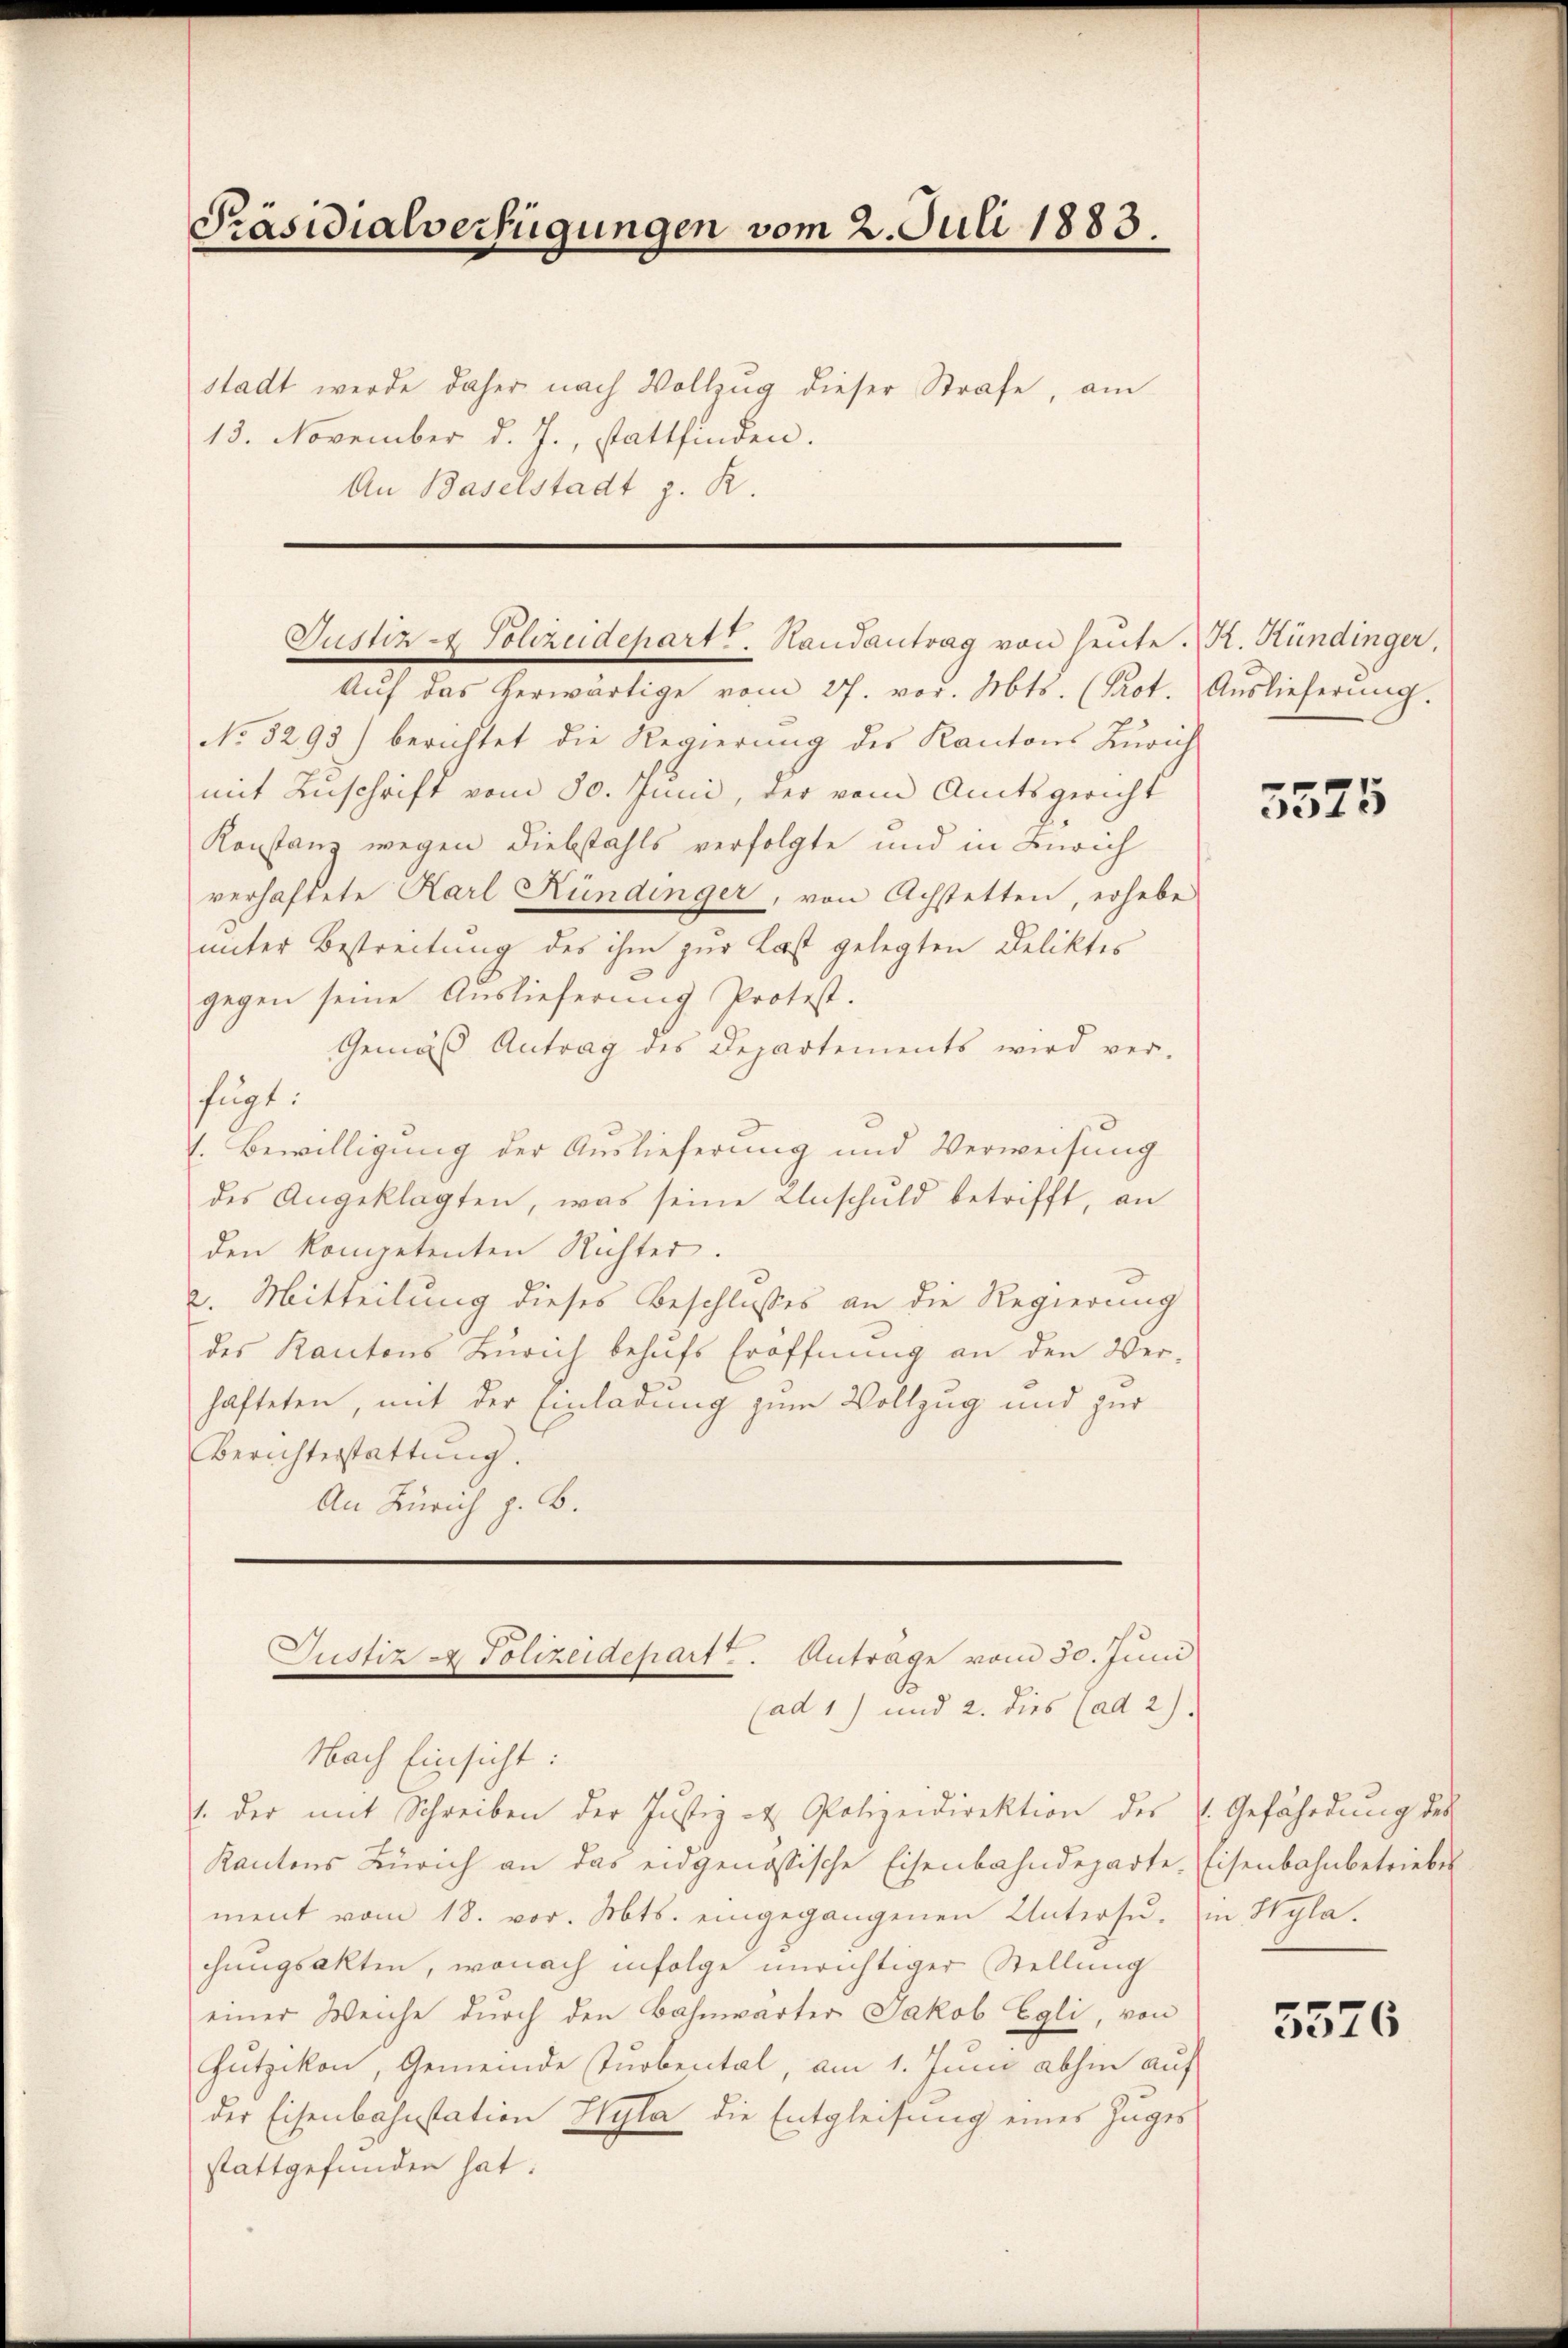
Präsidialverfügungen vom 2. Juli 1883.

stadt werde daher nach Vollzug dieser Strafe, am
13. November d. J., stattfinden.
An Baselstadt z. R.

Justiz & Polizeidepartt. Handantrag von heŭte. R. Kündinger.

Aŭf das herwärtige vom 27. vor. Mts. (Prot. Auslieferung.
No. 3293) berichtet die Regierung des Kantons Zürich
mit Zuschrift vom 30. Juni, der vom Amtsgericht
Konstanz wegen Diebstahls verfolgte und in Zürich
verhaftete Karl Kündinger, von Achstetten, erhebe
unter Bestreitung des ihm zur Last gelegten Deliktes
gegen seine Auslieferung Protest.
Gemäß Antrag des Departements wird ver-
fügt:
l. Bewilligung der Auslieferung und Verweisung
des Angeklagten, was seine Anschuld betrifft, an
den kompetenten Richter.
2. Mitteilung dieses Beschlusses an die Regierung
des Kantons Zürich behŭfs Eröffnŭng an den Ver-
hafteten, mit der Einladung zum Vollzug und zur
Berichterstattŭng.
An Zürich z. B.

Nach Einsicht:
. der mit Schreiben der Justiz & Polizeidirektion des Gefährdung des
Kantons Zürich an das eidgenössische Eisenbahndeparte. Eisenbahnbetriebes
ment vom 18. vor. Mts. eingegangenen Untersu- in Wyla.
chungsakten, wonach infolge unrichtiger Stellung
einer Weiche durch den Bahnwärter Jakob Egli, von
Hutzikon, Gemeinde Turbental, am 1. Juni abhin auf
der Eisenbahnstation Hyla die Entgleitung eines Zuges
stattgefunden hat.

Justiz & Polizeidepart. Anträge vom 30. Juni
(ad 1) und 2. dies (ad 2)

3575

5576